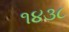
૧૪૩૮